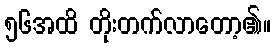
၅၆အထိ တိုးတက်လာတော့၏။